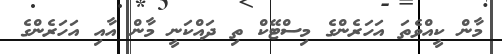
މާން ކީއްވެތަ އަހަރެންގެ މިސްޓޭކް ތި ދައްކަނީ މާން އާއި އަހަރެންގެ